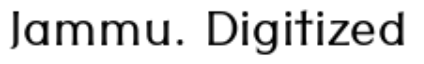
Jammu. Digitized